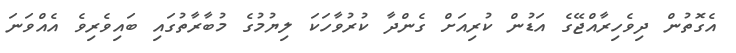
އެގޮތުން ދިވެހިރާއްޖޭގެ އަޑުން ކުރިއަށް ގެންދާ ކުރުވާހަކަ ލިޔުމުގެ މުބާރާތުގައި ބައިވެރިވެ އެއްވަަނަ